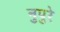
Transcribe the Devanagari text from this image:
नुपुरे